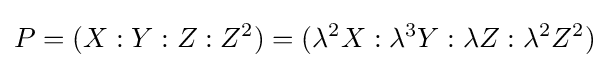
P=(X:Y:Z:Z^{2})=(\lambda ^{2}X:\lambda ^{3}Y:\lambda Z:\lambda ^{2}Z^{2})